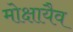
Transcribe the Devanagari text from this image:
मोक्षायैव